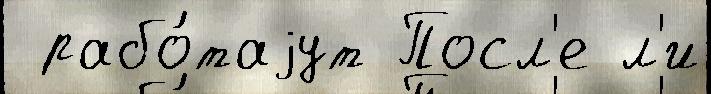
 рабо́таjут Посл'е л'и